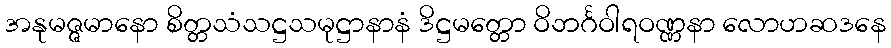
အနုမဇ္ဇမာနော စိတ္တသံသဋ္ဌသမုဋ္ဌာနာနံ ဒိဋ္ဌမတ္တော ဝိဘင်္ဂဝါရဝဏ္ဏနာ လောဟဆဒနေ